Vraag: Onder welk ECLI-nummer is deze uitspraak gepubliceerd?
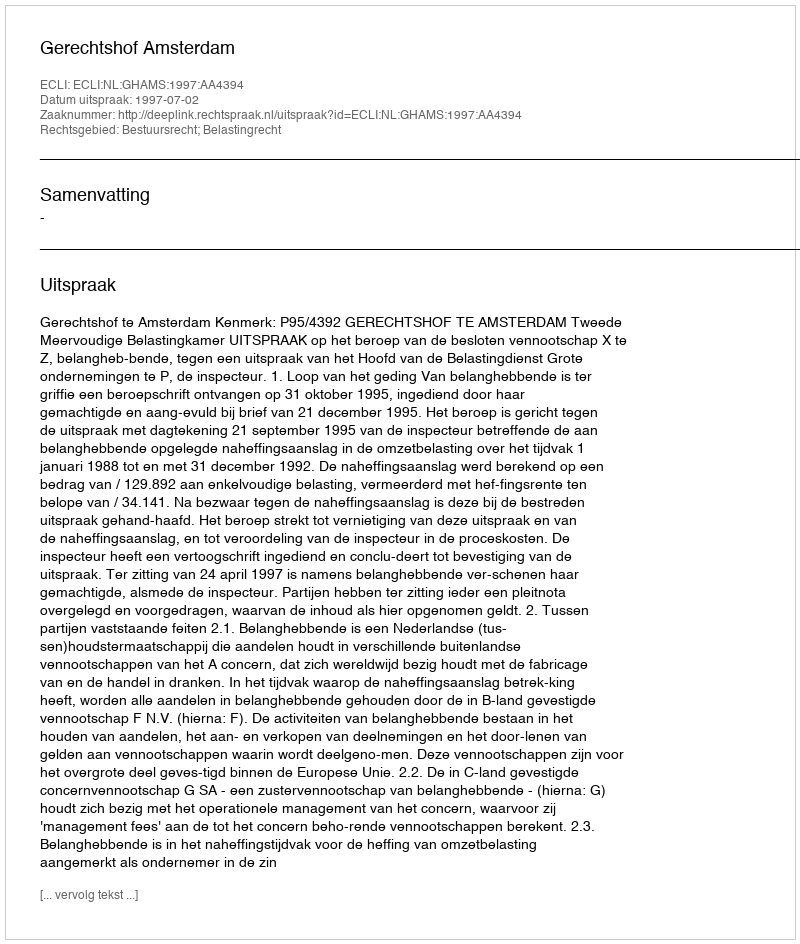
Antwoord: ECLI:NL:GHAMS:1997:AA4394